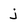
Character: j